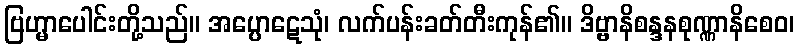
ဗြဟ္မာပေါင်းတို့သည်။ အပ္ပောဋေသုံ၊ လက်ပန်းခတ်တီးကုန်၏။ ဒိဗ္ဗာနိစန္ဒနစုဏ္ဏာနိစေဝ၊